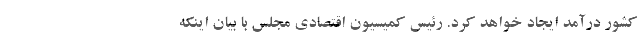
کشور درآمد ایجاد خواهد کرد. رئیس کمیسیون اقتصادی مجلس با بیان اینکه